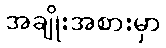
အချိုးအစားမှာ